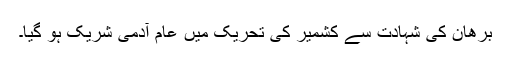
برھان کی شہادت سے کشمیر کی تحریک میں عام آدمی شریک ہو گیا۔